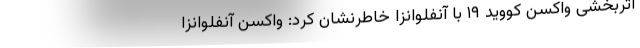
اثربخشی واکسن کووید ۱۹ با آنفلوانزا خاطرنشان کرد: واکسن آنفلوانزا